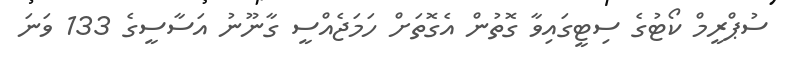
ސުޕްރީމް ކޯޓުގެ ސިޓީގައިވާ ގޮތުން އެގޮތަށް ހަމަޖެއްސީ ގާނޫނު އަސާސީގެ 133 ވަނަ